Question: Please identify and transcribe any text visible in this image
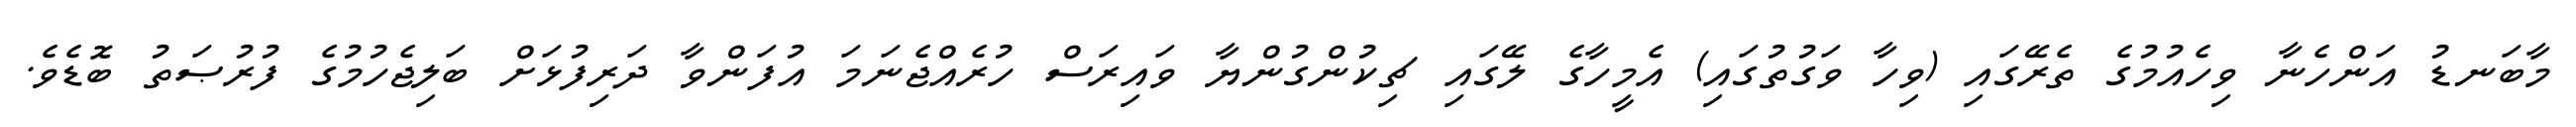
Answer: މާބަނޑު އަންހެނާ ވިހެއުމުގެ ތެރޭގައި (ވިހާ ވަގުތުގައި) އެމީހާގެ ލޭގައި ޗިކުންގުންޔާ ވައިރަސް ހުރެއްޖެނަމަ އުފަންވާ ދަރިފުޅަށް ބަލިޖެހުމުގެ ފުރުޞަތު ބޮޑެވެ.